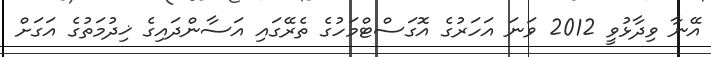
އޭނާ ވިދާޅުވީ 2012 ވަނަ އަހަރުގެ އޮގަސްޓްމަހުގެ ތެރޭގައި އަސާންދައިގެ ޚިދުމަތުގެ އަގަށް